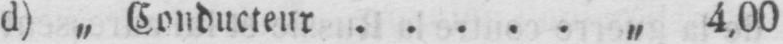
d) „ Conducteur ..... „ 4,00